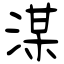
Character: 湈